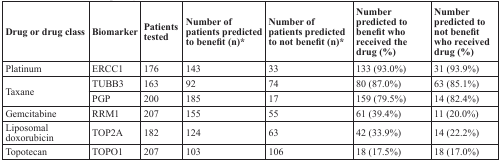
<table><thead><tr><td><b>Drug or drug class</b></td><td><b>Biomarker</b></td><td><b>Patients tested</b></td><td><b>Number of patients predicted to benefit (n)*</b></td><td><b>Number of patients predicted to not benefit (n)*</b></td><td><b>Number predicted to benefit who received the drug (%)</b></td><td><b>Number predicted to not benefit who received drug (%)</b></td></tr></thead><tbody><tr><td>Platinum</td><td>ERCC1</td><td>176</td><td>143</td><td>33</td><td>133 (93.0%)</td><td>31 (93.9%)</td></tr><tr><td rowspan="2">Taxane</td><td>TUBB3</td><td>163</td><td>92</td><td>74</td><td>80 (87.0%)</td><td>63 (85.1%)</td></tr><tr><td>PGP</td><td>200</td><td>185</td><td>17</td><td>159 (79.5%)</td><td>14 (82.4%)</td></tr><tr><td>Gemcitabine</td><td>RRM1</td><td>207</td><td>155</td><td>55</td><td>61 (39.4%)</td><td>11 (20.0%)</td></tr><tr><td>Liposomal doxorubicin</td><td>TOP2A</td><td>182</td><td>124</td><td>63</td><td>42 (33.9%)</td><td>14 (22.2%)</td></tr><tr><td>Topotecan</td><td>TOPO1</td><td>207</td><td>103</td><td>106</td><td>18 (17.5%)</td><td>18 (17.0%)</td></tr></tbody></table>